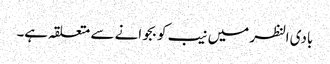
بادی النظر میں نیب کو بجوانے سے متعلقہ ہے۔